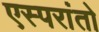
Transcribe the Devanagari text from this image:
एस्परांतो